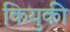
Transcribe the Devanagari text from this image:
कियुकी